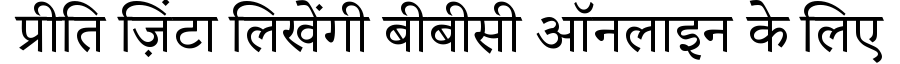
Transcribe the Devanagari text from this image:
प्रीति ज़िंटा लिखेंगी बीबीसी ऑनलाइन के लिए